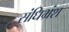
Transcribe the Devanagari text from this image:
संधिभ्रंश